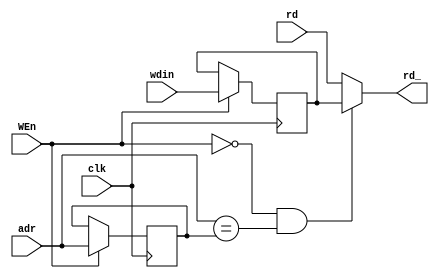
module DRAMStore (
    input wire clk,
    input wire WEn,
    input wire [31:0] wdin,
    input wire [31:0] adr,
    input wire [31:0] rd,
    output reg [31:0] rd_
);
    reg [31:0] adrReg;
    reg [31:0] wdinReg;
 always @(posedge clk) begin
    if (WEn) begin
        adrReg<=adr;
        wdinReg<=wdin;
    end
 end
    
always @(*) begin
    if ((WEn==0)&&(adr==adrReg)) begin
        rd_=wdinReg;
    end else begin
        rd_=rd;
    end
end
    
endmodule